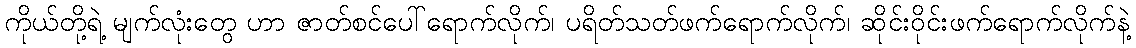
ကိုယ်တို့ရဲ့ မျက်လုံးတွေ ဟာ ဇာတ်စင်ပေါ်ရောက်လိုက်၊ ပရိတ်သတ်ဖက်ရောက်လိုက်၊ ဆိုင်းဝိုင်းဖက်ရောက်လိုက်နဲ့